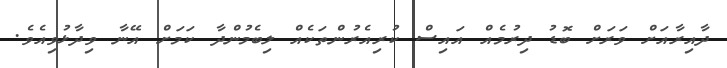
ދާއިރާއަށް ވަރަށް ބޮޑު ދިރުމެއް އައިސް ކުރިއެރުންތަކެއް ލިބެމުންދާ ކަމަށް އޭނާ ވިދާޅުވިއެވެ.